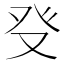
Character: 𤼦